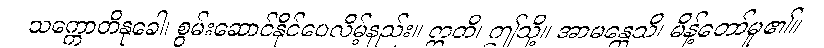
သက္ကောတိနုခေါ၊ စွမ်းဆောင်နိုင်ပေလိမ့်နည်း။ ဣတိ၊ ဤသို့။ အာမန္တေသိ၊ မိန့်တော်မူ၏။